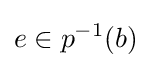
e\in p^{-1}(b)